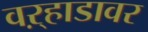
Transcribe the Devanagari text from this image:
वऱ्हाडावर